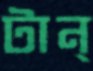
টান্‌